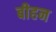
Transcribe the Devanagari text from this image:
बीहन